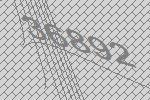
36892